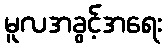
မူလအခွင့်အရေး